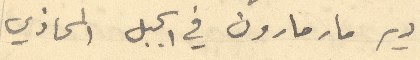
دير مار مارون في الجبل المحاذي